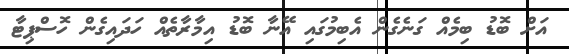
އަށް ބޮޑު ބިމެއް ގަނެގެން އެބިމުގައި އޭނާ ބޮޑު އިމާރާތެއް ހަދައިގެން ހޮސްޕިޓާ